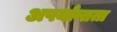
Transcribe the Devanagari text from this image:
अपर्यान्तता